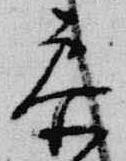
参